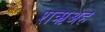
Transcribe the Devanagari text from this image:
शऋअह